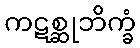
ကဋစ္ဆုဘိက္ခံ